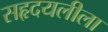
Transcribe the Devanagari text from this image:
सहृदयलीला